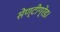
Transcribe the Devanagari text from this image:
सेण्टीग्रेड।